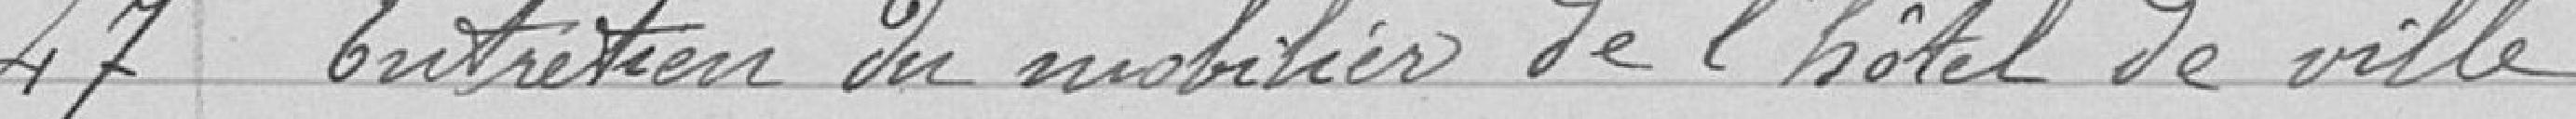
47 Entretien de mobilier de l'hôtel de ville